Report on horse surra - Volume I
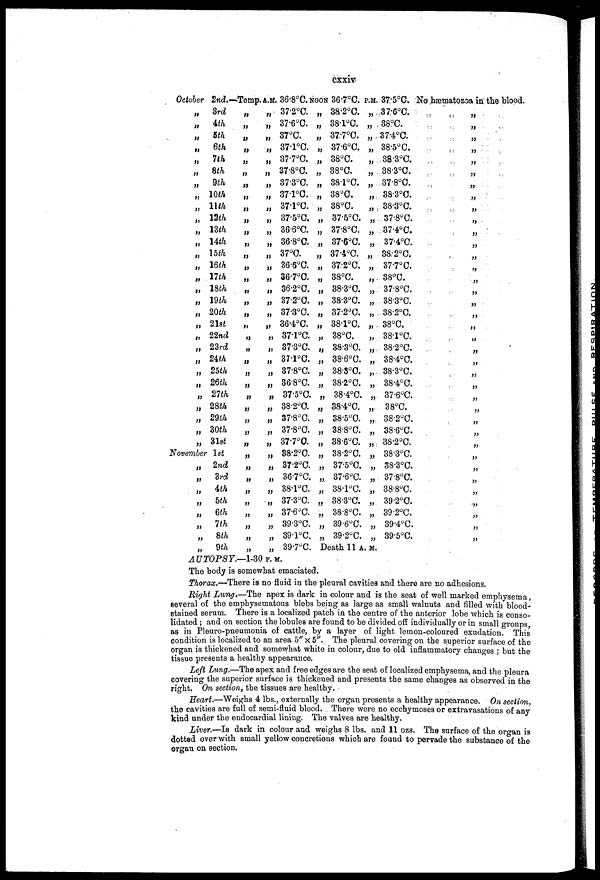
cxxiv
October 2nd.-
„ 3rd
„
4th
„
5th
„
6th
„
7th
„
8th
„
9th
„ 10th
„ 11th
„ 12th
„ 13th
„ 14th
„ 15th
„ 16th
„ 17th
„ 18th
„ 19th
„ 20th
„ 21st
„ 22nd
„ 23rd
„ 24th
„ 25th
„ 26th
„ 27th
„ 28th
„ 29th
„ 30th
„ 3lst
November 1st
„
2nd
„
3rd
„
4th
„
5th
„
6th
„
7th
„
8th
„
9th
-Temp.
„
„
„
„
„
„
„
„
„
„
„
„
„
„
„
„
„
„
„
„
„
„
„
„
„
„
„
„
„
„
„
„
„
„
„
„
„
„
A.M. 36.8°C. NOON
„ 37.2°C.
„ 37.6°C.
„ 37°C.
„ 371°C.
„ 37.7°C.
„ 37.8°C.
„ 37.3°C.
„ 37.1°C.
„ 37.1°C.
„ 37.5°C.
„ 36.6°C.
„ 36.8°C.
„ 37°C.
„ 36.6°C.
„ 367°C.
„ 36.2°C.
„ 37.2°C.
„ 37.3°C.
„ 36.4°C.
„ 37.1°C.
„ 37.3°C.
„ 37.1°C.
„ 37.8°C.
„ 36.8°C.
„ 37.5°C.
„ 38.2°C.
„ 37.8°C.
„ 37.8°C.
„ 37.7°C.
„ 38.2°C.
„ 37.2°C.
„ 36.7°C.
„ 38.1°C.
„ 37.3°C.
„ 37.6°C.
„ 39.3°C.
„ 39.l°C.
„ 39.7°C.
„
„
„
„
„
„
„
„
„
„
„
„
„
„
„
„
„
„
„
„
„
„
„
„
„
„
„
„
„
„
„
„
„
„
„
„
„
36.7°C.
38.2°C.
38.1°C.
37.7°C.
37.6°C.
38°C.
38°C.
38°C.
38°C.
38°C.
37.5°C.
37.8°C.
37.6°C.
37.4°C.
37.2°C.
38°C.
38.3°C.
38.3°C.
37.2°C.
38.1°C.
38°C.
38.3°C.
38.6°C.
38.8°C.
38.2°C.
38.4°C.
38.4°C.
38.5°C.
38.8°C.
38.6°C.
38.2°C.
37.5°C.
37.6°C.
38.l°C.
38.3°C.
38.8°C.
39.6°C.
39.2°C.
P.M.
„
„
„
„
„
„
„
„
„
„
„
„
„
„
„
„
„
„
„
„
„
„
„
„
„
„
„
„
„
„
„
„
„
„
„
„
„
Death 11 A. M.
37.5°C. :
37.6°C.
38°C.
37.4°C.
38.5°C.
38.3°C.
38.3°C.
37.8°C.
38.3°C.
38.3°C.
37.8°C.
37.4°C.
37.4°C.
38.2°C.
37.7°C.
38°C.
37.8°C.
38.3°C.
38.2°C.
38°C.
38.1°C.
38.2°C.
38.4°C.
38.3°C.
38.4°C.
37.6°C.
38°C.
38.2°C.
38.6°C.
38.2°C.
38.3°C.
38.3°C.
37.8°C.
38.8°C.
392°C.
39.2°C.
39.4°C.
No hæmatozoa in the blood.
„
„
„
„
„
„
„
„
„
„
„
„
„
„
„
„
„
„
„
„
„
„
„
„
„
„
„
„
„
„
„
„
„
„
„
„
„
AUTOPSY.—1-30 P. M.
The body is somewhat emaciated.
Thorax.—There is no fluid in the pleural cavities and there are no adhesions.
Right Lung.—The apex is dark in colour and is the seat of well marked emphysema.
several of the emphysematous blebs being as large as small walnuts and filled with blood-
stained serum. There is a localized patch in the centre of the anterior lobe which is conso-
lidated ; and on section the lobules are found to be divided off individually or in small groups.
as in Pleuro-pneumonia of cattle. by a layer of light lemon-coloured exudation. This
condition is localized to an area 5" x 5". The pleural covering on the superior surface of the
organ is thickened and somewhat white in colour. due to old inflammatory changes ; but the
tissue presents a healthy appearance.
Left Lung.—The apex and free edges are the seat of localized emphysema. and the pleura
covering the superior surface is thickened and presents the same changes as observed in the
right. On section. the tissues are healthy.
Heart.—Weighs 4 lbs., externally the organ presents a healthy appearance. On section.
the cavities are full of semi-fluid blood. There were no ecchymoses or extravasations of any
kind under the endocardial lining. The valves are healthy.
Liver.—Is dark in colour and weighs 8 lbs. and 11 ozs. The surface of the organ is
dotted over with small yellow concretions which are found to pervade the substance of the
organ on section.